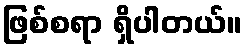
ဖြစ်စရာ ရှိပါတယ်။